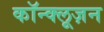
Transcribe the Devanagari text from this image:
कॉन्क्लूज़न